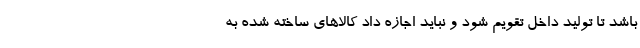
باشد تا تولید داخل تقویم شود و نباید اجازه داد کالاهای ساخته شده به